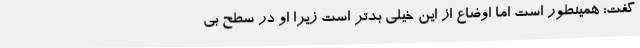
گفت: همینطور است اما اوضاع از این خیلی بدتر است زیرا او در سطح بی